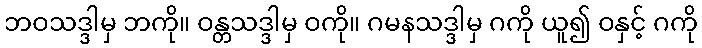
ဘဝသဒ္ဒါမှ ဘကို။ ဝန္တသဒ္ဒါမှ ဝကို။ ဂမနသဒ္ဒါမှ ဂကို ယူ၍ ဝနှင့် ဂကို